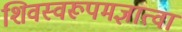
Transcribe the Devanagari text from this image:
शिवस्वरूपमज्ञात्वा